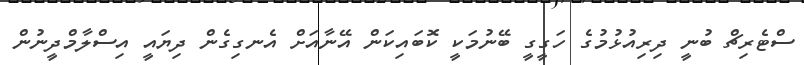
ސްޓެރިޗް ބުނީ ދިރިއުޅުމުގެ ހަގީގީ ބޭނުމަކީ ކޮބައިކަން އޭނާއަށް އެނގިގެން ދިޔައީ އިސްލާމްދީނުން